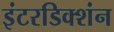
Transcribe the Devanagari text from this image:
इंटरडिक्शंन